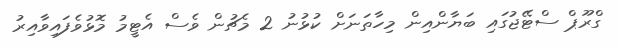
ގްރޫޕް ސްޓޭޖުގައި ބަޔާންއިން މިހާތަނަށް ކުޅުނު 2 މެޗުން ވެސް އެޓީމު މޮޅުވެފައިވާއިރު